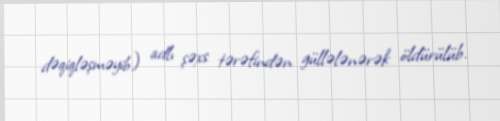
dəqiqləşməyib) adlı şəxs tərəfindən güllələnərək öldürülüb.